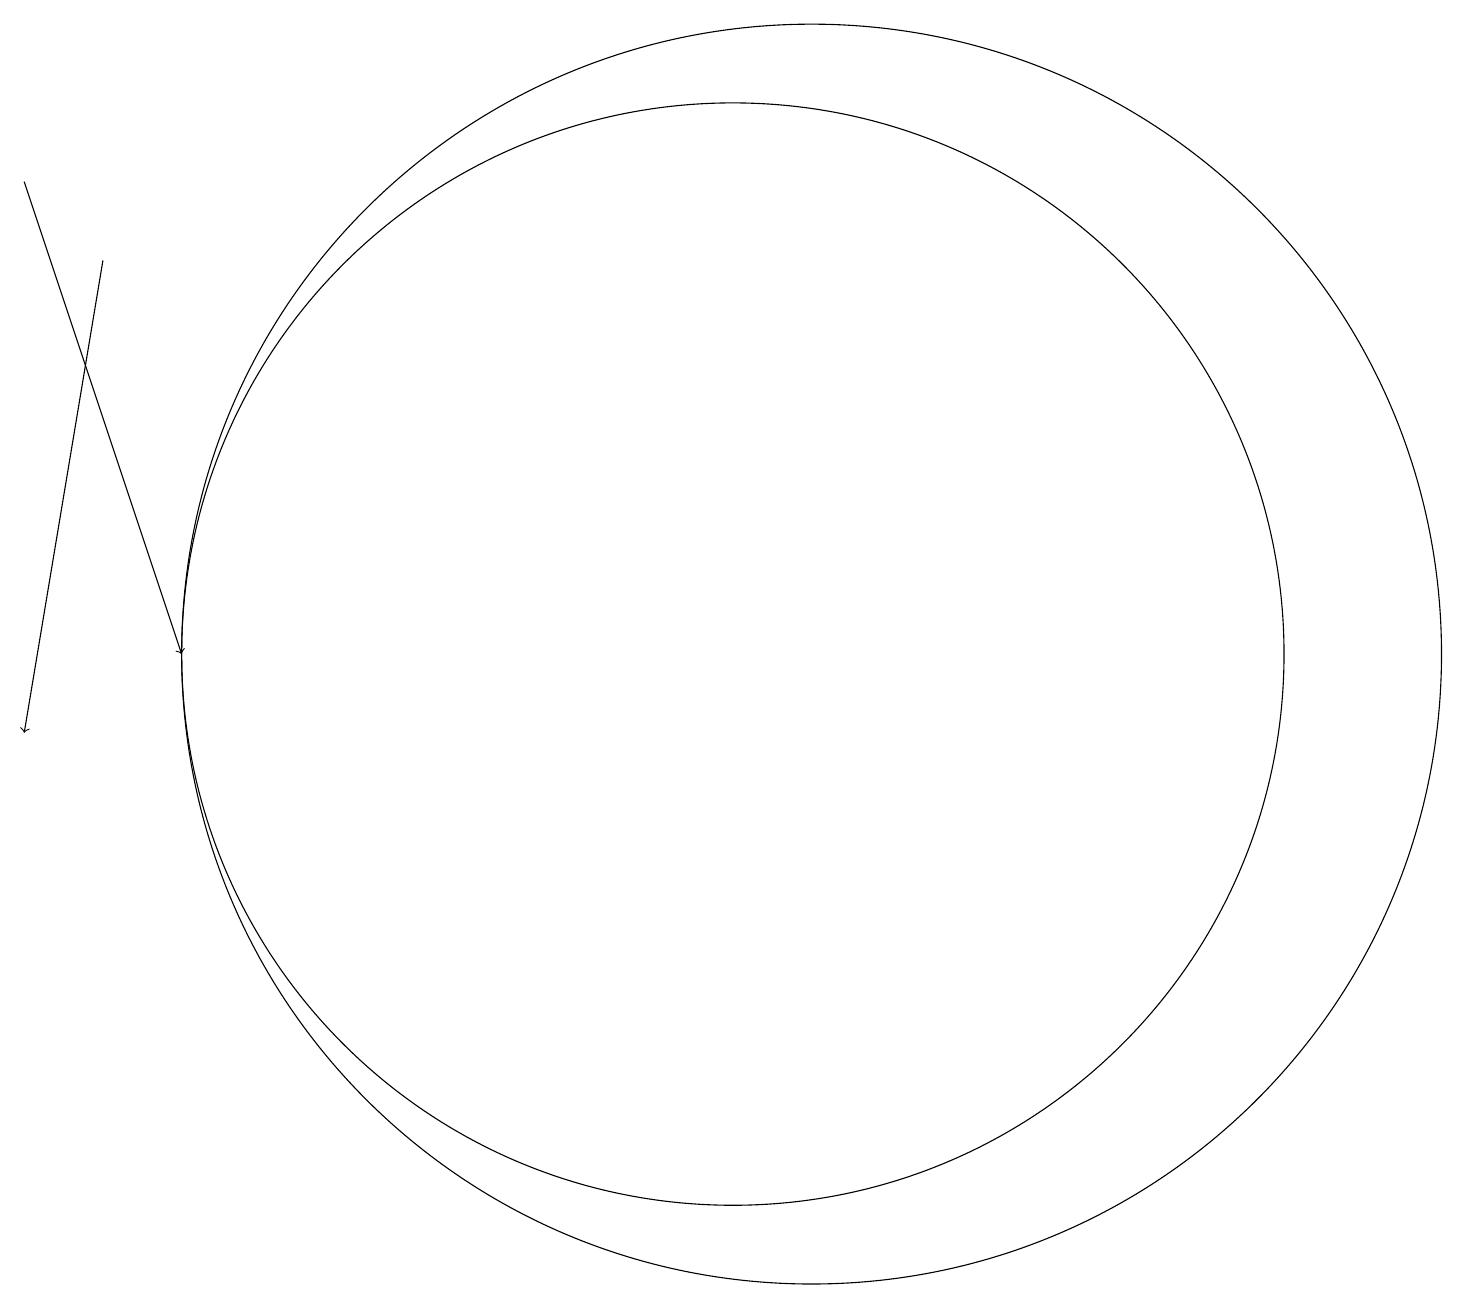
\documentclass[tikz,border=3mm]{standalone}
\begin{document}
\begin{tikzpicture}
\draw (10,12) circle (7);
\draw[->] (1,18) -- (3,12);
\draw[->] (2,17) -- (1,11);
\draw (11,12) circle (8);
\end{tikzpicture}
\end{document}